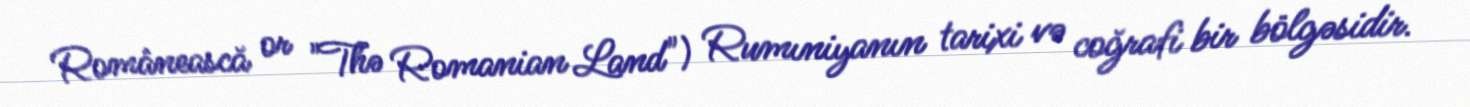
Românească or "Thə Romanian Land") Rumıniyanın tarixi və coğrafi bir bölgəsidir.